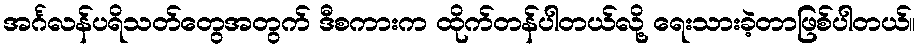
အင်္ဂလန်ပရိသတ်တွေအတွက် ဒီစကားက ထိုက်တန်ပါတယ်လို့ ရေးသားခဲ့တာဖြစ်ပါတယ်။